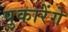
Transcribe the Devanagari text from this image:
पुकारेंगे